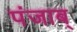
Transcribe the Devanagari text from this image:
पंजाब्